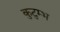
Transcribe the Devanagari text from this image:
कुटुम्भ